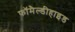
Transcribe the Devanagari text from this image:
फॉमैल्डीहाइड